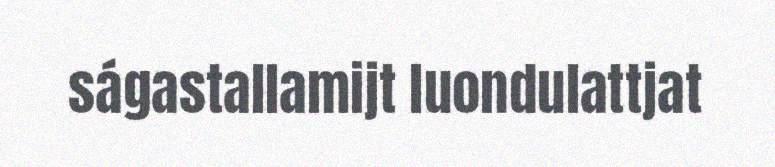
ságastallamijt luondulattjat